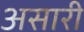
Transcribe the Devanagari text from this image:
असारी